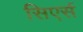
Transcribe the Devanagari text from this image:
सिएर्स